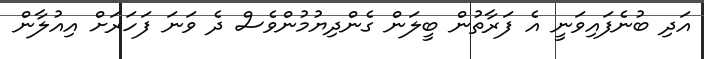
އަދި ބުނެފައިވަނީ އެ ފަރާތުން ބީލަން ގެންދިޔުމުންވެސް ދެ ވަނަ ފަހަރަށް އިއުލާން